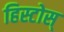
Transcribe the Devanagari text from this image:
हिस्टोस्‌